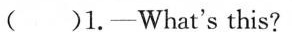
( )1.—What's this?